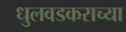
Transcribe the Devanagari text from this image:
धुलवडकराच्या